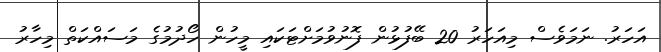
އަހަރު. ނަމަވެސް މިއަހަރު 20 ބޭފުޅުން ފޮނުވުމަށްޓަކައި މީހުން ހޯދުމުގެ މަސައްކަތް މިހާރު